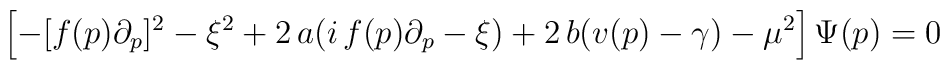
\left[-[f(p)\partial_p]^2-\xi^2+2\,a(i\,f(p)\partial_p-\xi)+2\,b(v(p)-\gamma)-\mu^2\right]\Psi(p)=0